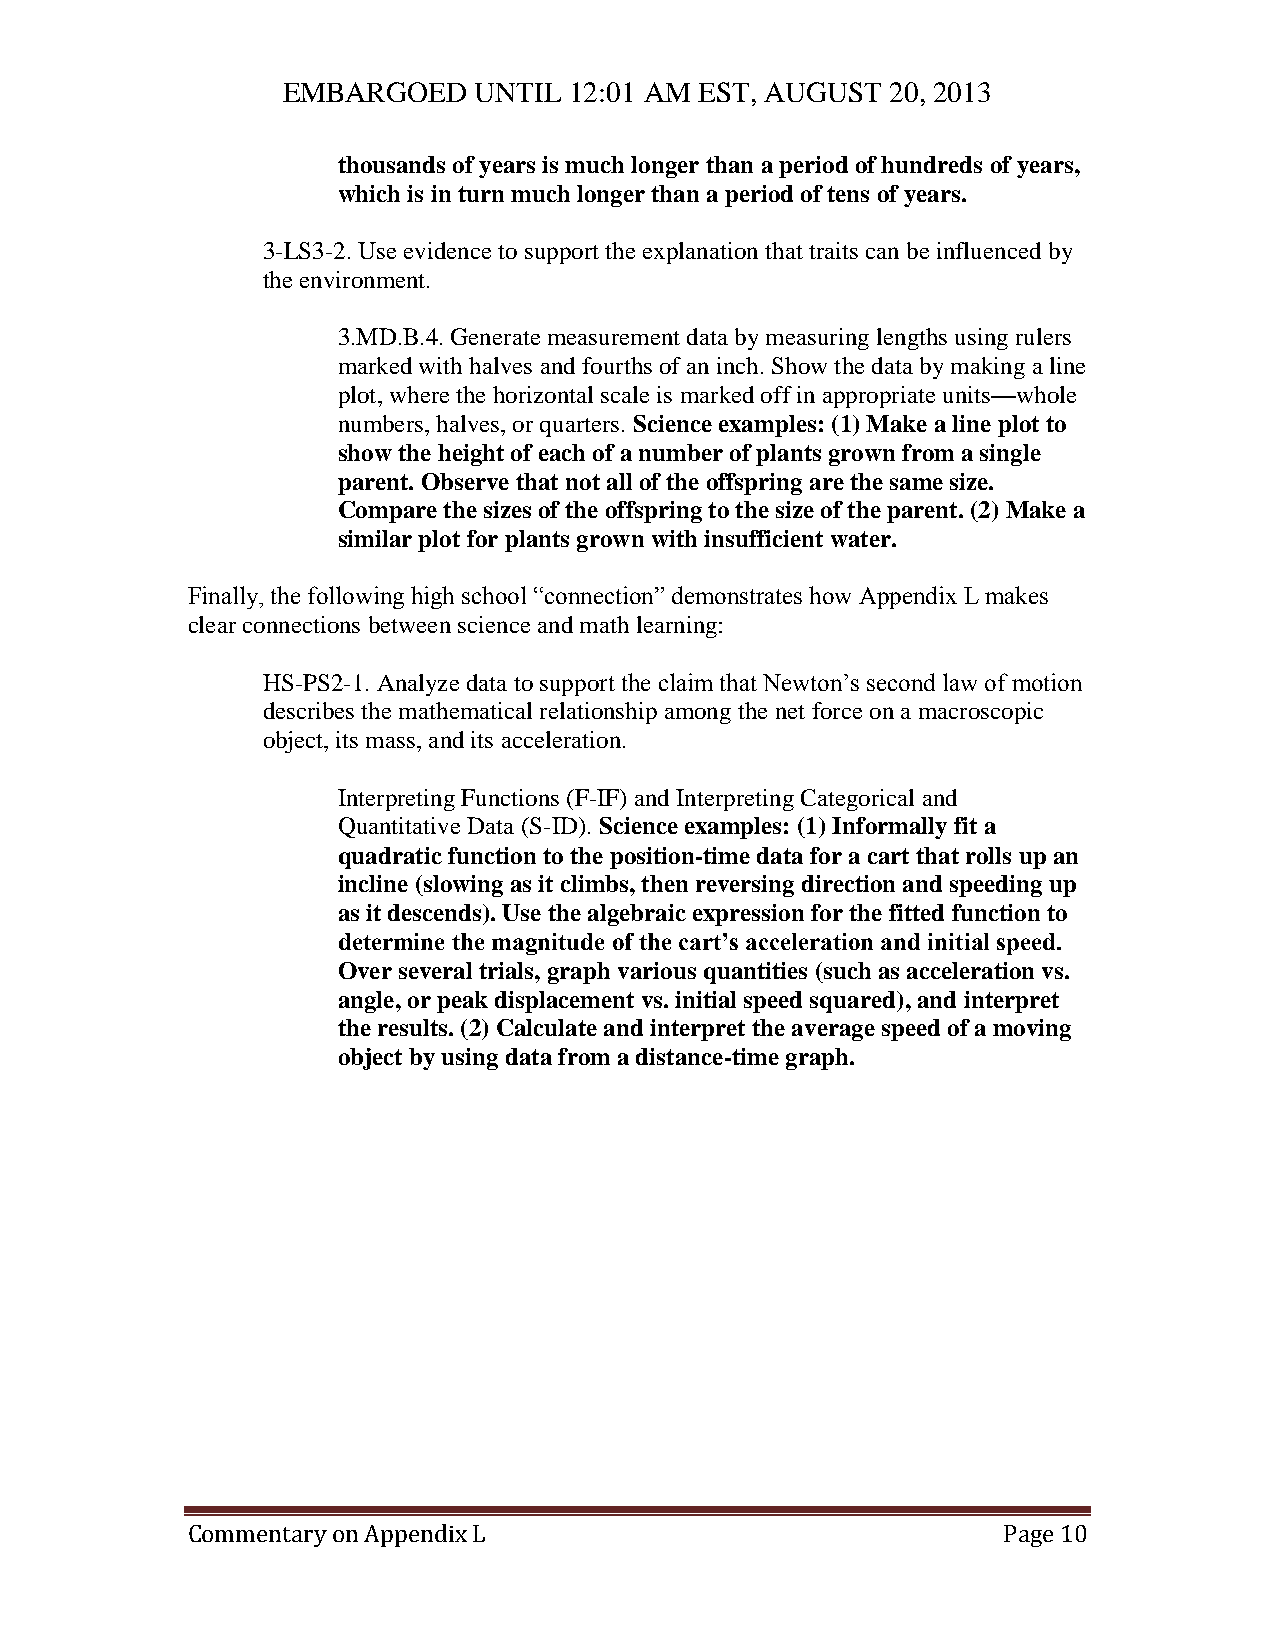
EMBARGOED   UNTIL  12:01 AM EST, AUGUST 20, 2013
 thousands of years is much longer than a period of hundreds of years,
 which is in turn much longer than a period of tens of years.
 3-LS3-2. Use evidence to support the explanation that traits can be influenced by
 the environment.
 3.MD.B.4. Generate measurement data by measuring lengths using rulers
 marked with halves and fourths of an inch. Show the data by making a line
 plot, where the horizontal scale is marked off in appropriate units—whole
 numbers, halves, or quarters. Science examples: (1) Make a line plot to
 show the height of each of a number of plants grown from a single
 parent. Observe that not all of the offspring are the same size.
 Compare the sizes of the offspring to the size of the parent. (2) Make a
 similar plot for plants grown with insufficient water.
 Finally, the following high school “connection” demonstrates how Appendix L makes
 clear connections between science and math learning:
 HS-PS2-1. Analyze data to support the claim that Newton’s second law of motion
 describes the mathematical relationship among the net force on a macroscopic
 object, its mass, and its acceleration.
 Interpreting Functions (F-IF) and Interpreting Categorical and
 Quantitative Data (S-ID). Science examples: (1) Informally fit a
 quadratic function to the position-time data for a cart that rolls up an
 incline (slowing as it climbs, then reversing direction and speeding up
 as it descends). Use the algebraic expression for the fitted function to
 determine the magnitude of the cart’s acceleration and initial speed.
 Over several trials, graph various quantities (such as acceleration vs.
 angle, or peak displacement vs. initial speed squared), and interpret
 the results. (2) Calculate and interpret the average speed of a moving
 object by using data from a distance-time graph.
 Commentary on Appendix L                              Page 10